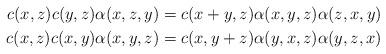
LaTeX: \begin{align*}c(x,z)c(y,z)\alpha(x,z,y) & = c(x+y,z)\alpha(x,y,z)\alpha(z,x,y)\\ c(x,z)c(x,y)\alpha(x,y,z) & = c(x,y+z)\alpha(y,x,z)\alpha(y,z,x)\end{align*}